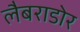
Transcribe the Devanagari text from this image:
लैबराडोर